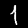
Digit: 1